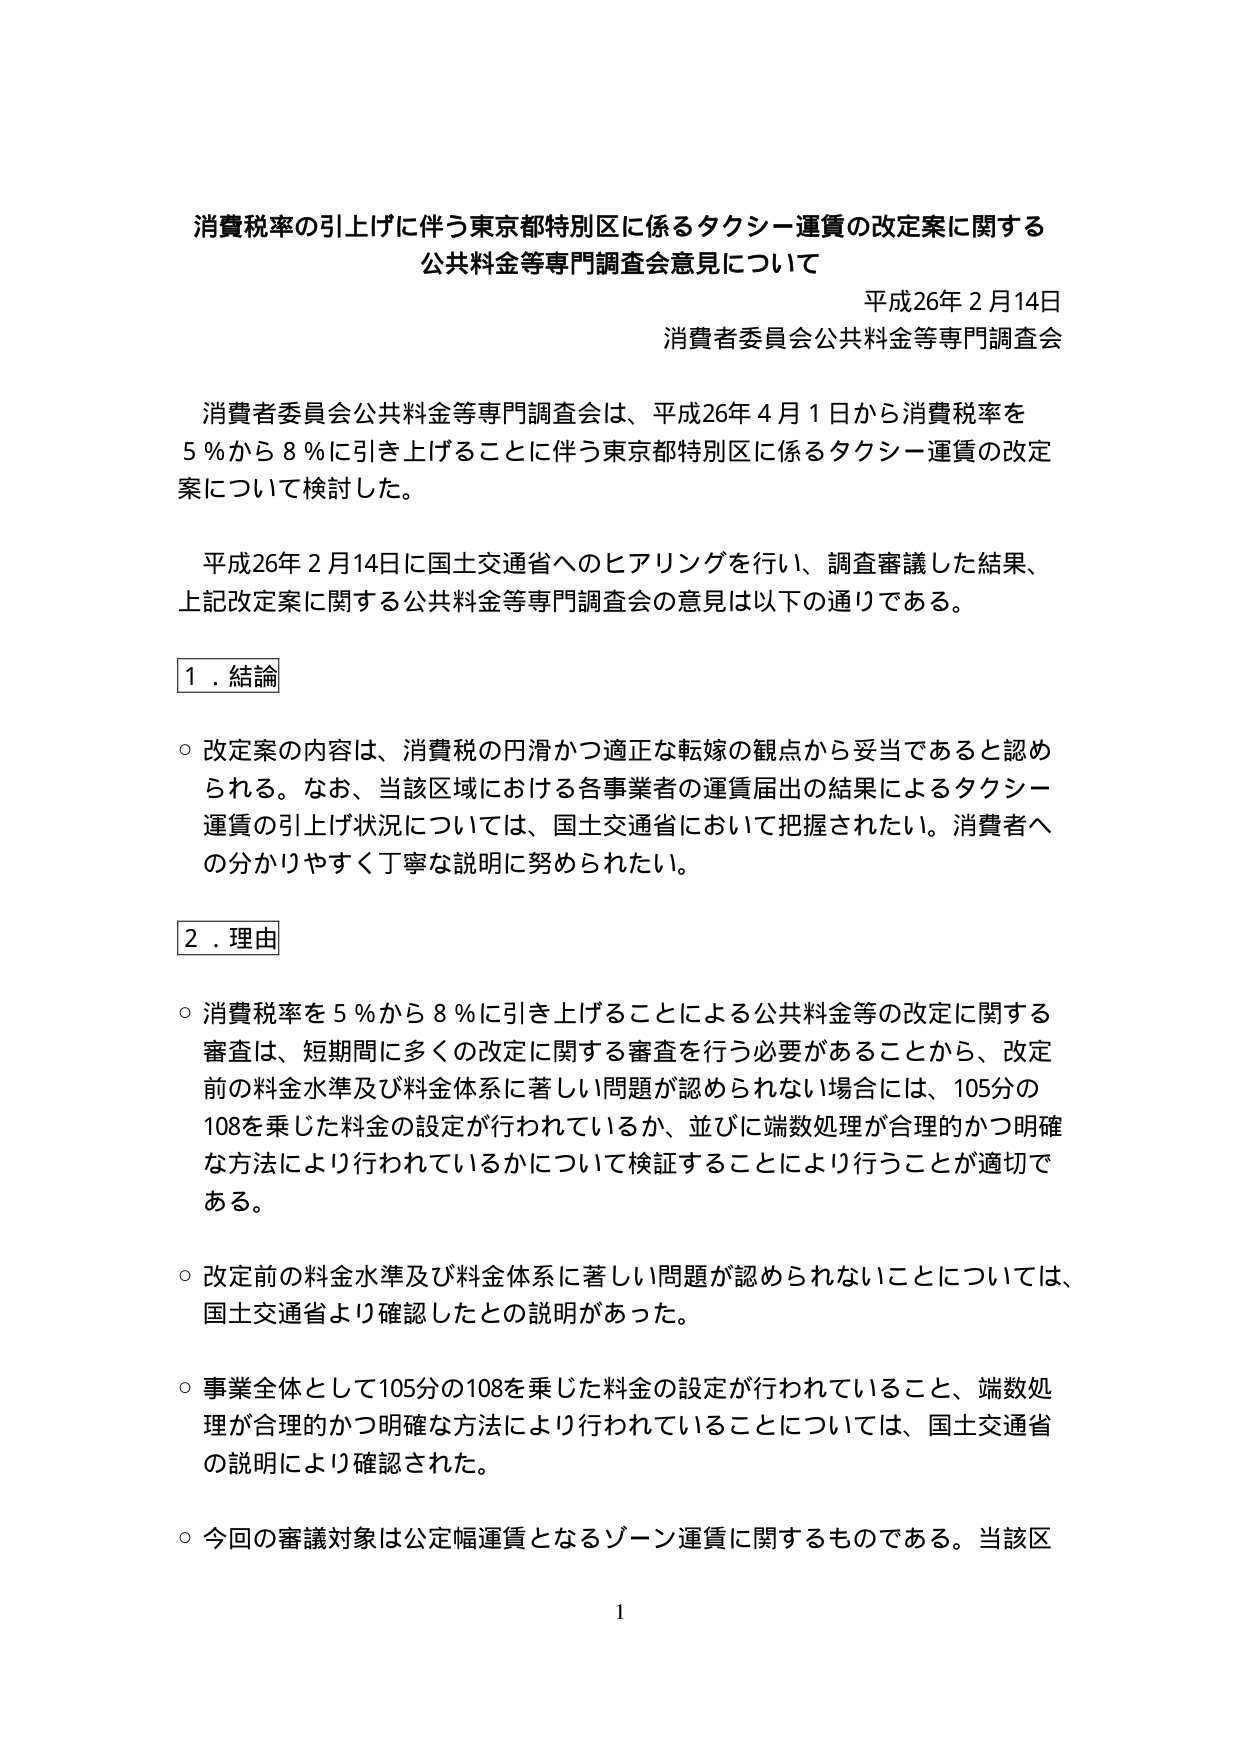
消費税率の引上げに伴う東京都特別区に係るタクシー運賃の改定案に関する
公共料金等専門調査会意見について

平成26年２月14日
消費者委員会公共料金等専門調査会

消費者委員会公共料金等専門調査会は、平成26年４月１日から消費税率を
５％から８％に引き上げることに伴う東京都特別区に係るタクシー運賃の改定
案について検討した。

平成26年２月14日に国土交通省へのヒアリングを行い、調査審議した結果、
上記改定案に関する公共料金等専門調査会の意見は以下の通りである。

１．結論

○ 改定案の内容は、消費税の円滑かつ適正な転嫁の観点から妥当であると認め
られる。なお、当該区域における各事業者の運賃届出の結果によるタクシー
運賃の引上げ状況については、国土交通省において把握されたい。消費者へ
の分かりやすく丁寧な説明に努められたい。

２．理由

○ 消費税率を５％から８％に引き上げることによる公共料金等の改定に関する
審査は、短期間に多くの改定に関する審査を行う必要があることから、改定
前の料金水準及び料金体系に著しい問題が認められない場合には、105分の
108を乗じた料金の設定が行われているか、並びに端数処理が合理的かつ明確
な方法により行われているかについて検証することにより行うことが適切で
ある。

○ 改定前の料金水準及び料金体系に著しい問題が認められないことについては、
国土交通省より確認したとの説明があった。

○ 事業全体として105分の108を乗じた料金の設定が行われていること、端数処
理が合理的かつ明確な方法により行われていることについては、国土交通省
の説明により確認された。

○ 今回の審議対象は公定幅運賃となるゾーン運賃に関するものである。当該区

１